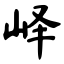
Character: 峄